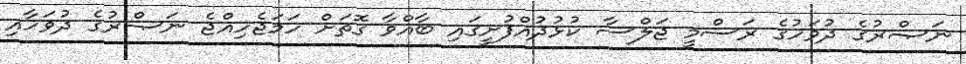
ނަޞްރުގެ ދުވަހުގެ ރަސްމީ ޖަލްސާ ކުޅުދުއްފުށީގައި ބާއްވާ ގޮތަށް ހަމަޖެހިއްޖެ ނަޞްރުގެ ދުވަހާއި